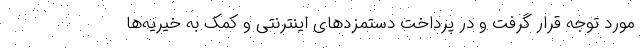
مورد توجه قرار گرفت و در پرداخت دستمزدهای اینترنتی و کمک به خیریه‌ها